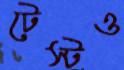
টেস্টও